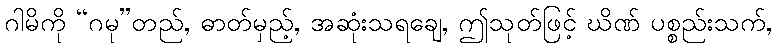
ဂါမိကို “ဂမု”တည်, ဓာတ်မှည့်, အဆုံးသရချေ, ဤသုတ်ဖြင့် ဃိဏ် ပစ္စည်းသက်,